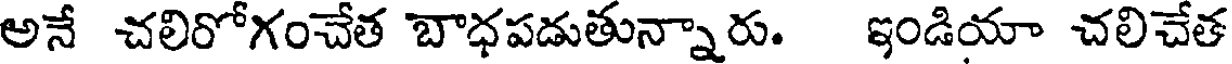
అనే చలిరోగంచేత బాధపడుతున్నారు. ఇండియా చలిచేత